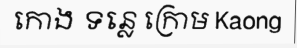
កោង ទន្លេ ក្រោម Kaong